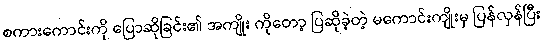
စကားကောင်းကို ပြောဆိုခြင်း၏ အကျိုး ကိုတော့ ပြဆိုခဲ့တဲ့ မကောင်းကျိုးမှ ပြန်လှန်ပြီး